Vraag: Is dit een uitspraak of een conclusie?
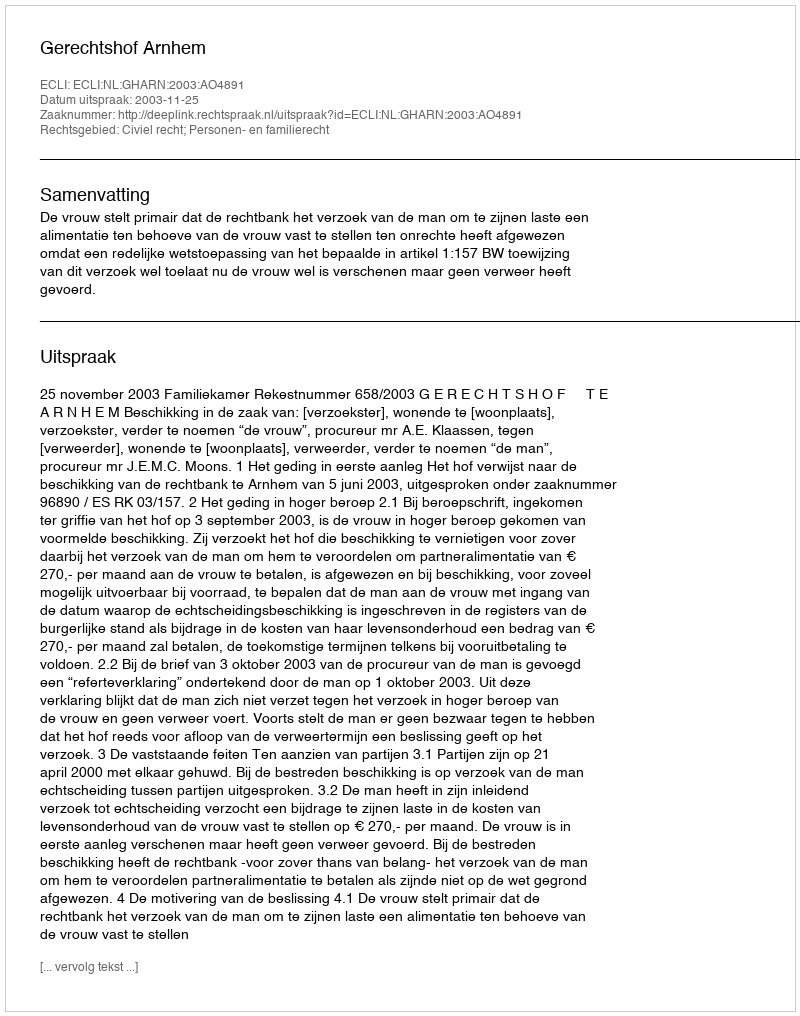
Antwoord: Uitspraak